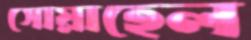
সোয়াহেল